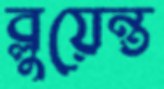
ব্লুয়েন্ত